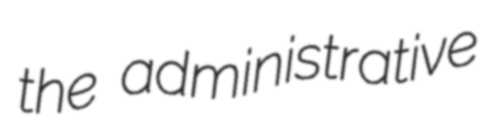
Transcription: the administrative